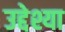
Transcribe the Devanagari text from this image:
उद्देश्या